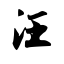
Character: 汪